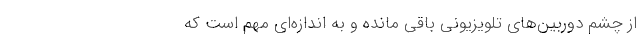
از چشم دوربین‌های تلویزیونی باقی مانده و به اندازه‌ای مهم است که